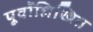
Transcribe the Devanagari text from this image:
पूर्वोलिखित